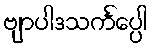
ဗျာပါဒသင်္ကပ္ပေါ